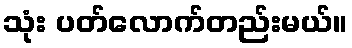
သုံး ပတ်လောက်တည်းမယ်။